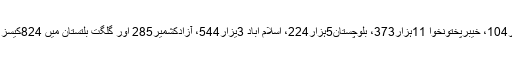
پنجاب میں 31ہزار104، خیبرپختونخوا 11ہزار373، بلوچستان5ہزار224، اسلام آباد 3یزار544، آزادکشمیر285 اور گلگت بلتستان میں 824کیسز رپورٹ ہوئے ہیں۔